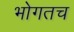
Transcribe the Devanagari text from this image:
भोगतच